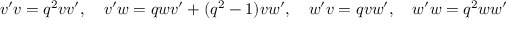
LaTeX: v ^ { \prime } v = q ^ { 2 } v v ^ { \prime } , \quad v ^ { \prime } w = q w v ^ { \prime } + ( q ^ { 2 } - 1 ) v w ^ { \prime } , \quad w ^ { \prime } v = q v w ^ { \prime } , \quad w ^ { \prime } w = q ^ { 2 } w w ^ { \prime }